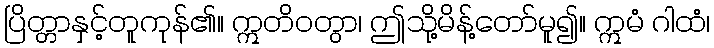
ပြိတ္တာနှင့်တူကုန်၏။ ဣတိဝတွာ၊ ဤသို့မိန့်တော်မူ၍။ ဣမံ ဂါထံ၊